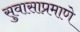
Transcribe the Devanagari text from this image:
सुवासाप्रमाणे